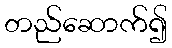
တည်ဆောက်၍